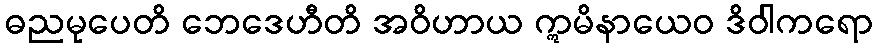
ဓညမုပေတိ ဘေဒေဟီတိ အဝိဟာယ ဣမိနာယေဝ ဒိဝါကရော